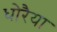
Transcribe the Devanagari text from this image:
धोरैया